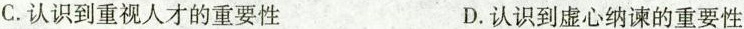
C.认识到重视人才的重要性 D.认识到虚心纳谏的重要性